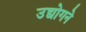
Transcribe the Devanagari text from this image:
उद्योगने